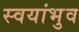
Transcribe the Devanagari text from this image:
स्वयांभुव